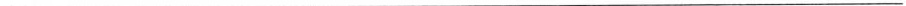
___